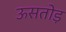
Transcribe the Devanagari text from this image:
ऊसतोड़